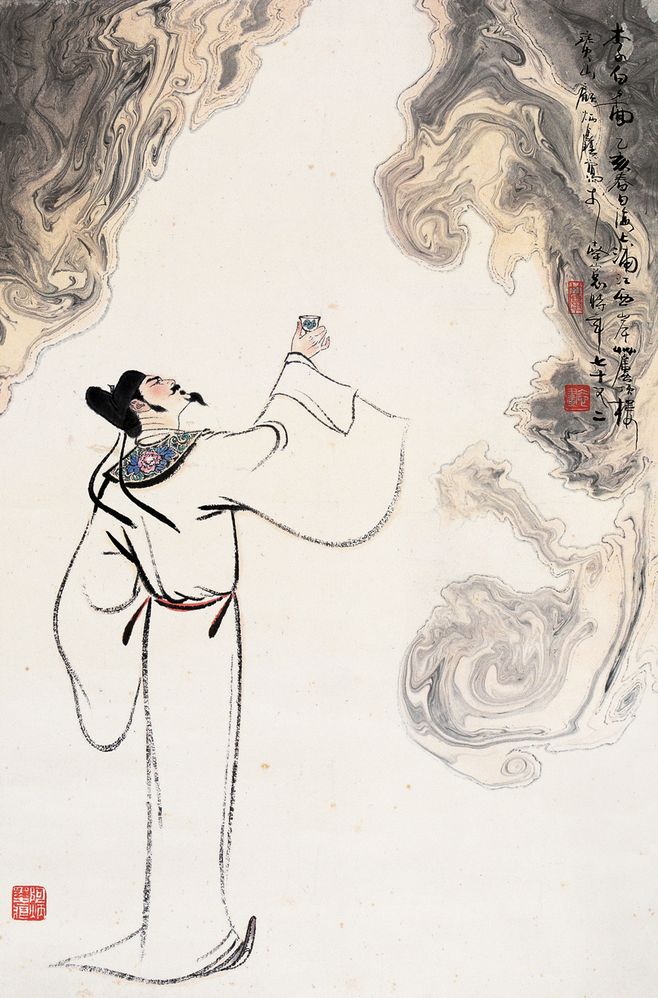
穷愁千万端，美酒三百杯。